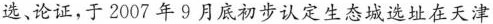
选、论证，于2007年9月底初步认定生态城选址在天津